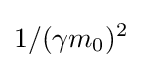
1/(\gamma m_{0})^{2}